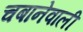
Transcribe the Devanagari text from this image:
चबानेवाली